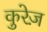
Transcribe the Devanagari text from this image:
कुरेज़